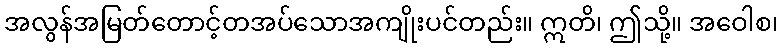
အလွန်အမြတ်တောင့်တအပ်သောအကျိုးပင်တည်း။ ဣတိ၊ ဤသို့။ အဝေါစ၊